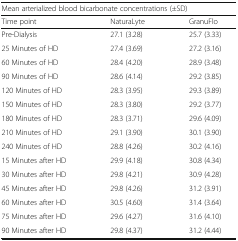
| <COLSPAN=3> Mean arterialized blood bicarbonate concentrations (±SD) |
 | Time point | NaturaLyte | GranuFlo |
 | --- | --- | --- |
 | Pre-Dialysis | 27.1 (3.28) | 25.7 (3.33) |
 | 25 Minutes of HD | 27.4 (3.69) | 27.2 (3.16) |
 | 60 Minutes of HD | 28.4 (4.20) | 28.9 (3.48) |
 | 90 Minutes of HD | 28.6 (4.14) | 29.2 (3.85) |
 | 120 Minutes of HD | 28.3 (3.95) | 29.3 (3.89) |
 | 150 Minutes of HD | 28.3 (3.80) | 29.2 (3.77) |
 | 180 Minutes of HD | 28.3 (3.71) | 29.6 (4.09) |
 | 210 Minutes of HD | 29.1 (3.90) | 30.1 (3.90) |
 | 240 Minutes of HD | 28.8 (4.26) | 30.2 (4.16) |
 | 15 Minutes after HD | 29.9 (4.18) | 30.8 (4.34) |
 | 30 Minutes after HD | 29.8 (4.21) | 30.9 (4.28) |
 | 45 Minutes after HD | 29.8 (4.26) | 31.2 (3.91) |
 | 60 Minutes after HD | 30.5 (4.60) | 31.4 (3.64) |
 | 75 Minutes after HD | 29.6 (4.27) | 31.6 (4.10) |
 | 90 Minutes after HD | 29.8 (4.37) | 31.2 (4.44) |